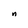
Character: n